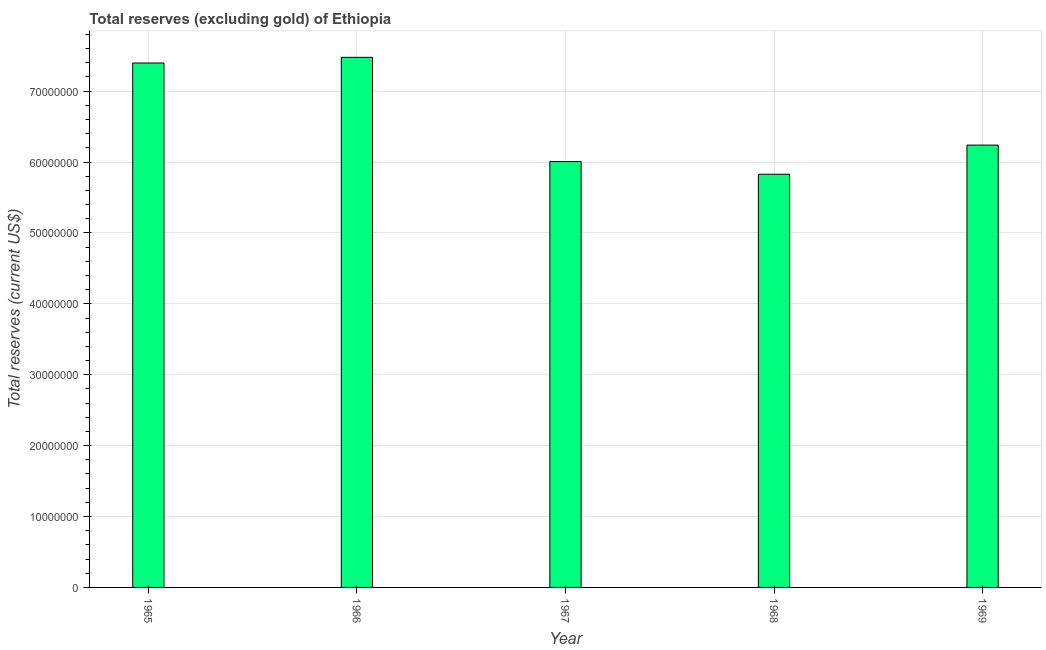
| Year | Total reserves minus gold (current US$) |
 | --- | --- |
 | 1965 | 7.4e+07 |
 | 1966 | 7.48e+07 |
 | 1967 | 6.01e+07 |
 | 1968 | 5.83e+07 |
 | 1969 | 6.24e+07 |